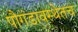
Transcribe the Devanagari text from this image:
पौगंडावस्थेतच